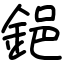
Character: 𨦺